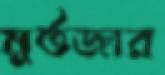
মুর্তজার